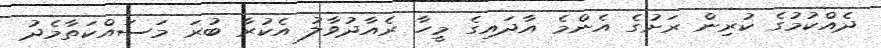
ދެއްކުމުގެ ކުރިން ރަށުގެ އެންމެ އާދައިގެ މީހާ ރެއާދުވާލު އެކުރާ ބުރަ މަސައްކަތާމެދު